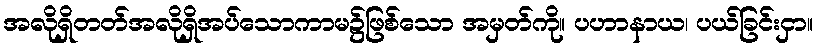
အလိုရှိတတ်အလိုရှိအပ်သောကာမ၌ဖြစ်သော အမှတ်ကို။ ပဟာနာယ၊ ပယ်ခြင်းငှာ။